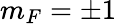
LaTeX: m_{F}=\pm 1